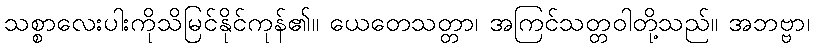
သစ္စာလေးပါးကိုသိမြင်နိုင်ကုန်၏။ ယေတေသတ္တာ၊ အကြင်သတ္တဝါတို့သည်။ အဘဗ္ဗာ၊